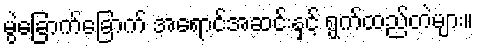
မွဲခြောက်ခြောက် အရောင်အဆင်းနှင့် ရွက်ထည်တဲများ။